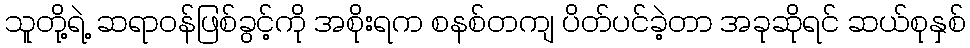
သူတို့ရဲ့ ဆရာဝန်ဖြစ်ခွင့်ကို အစိုးရက စနစ်တကျ ပိတ်ပင်ခဲ့တာ အခုဆိုရင် ဆယ်စုနှစ်